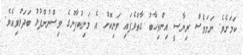
ކަމަށެވެ. ނަމަވެސް ރިޔާސީ އިންތިޚާބު ގާތްވެފައި ވަނިކޮށް އެ މަނިކުފާނުގެ ވިސްނުންފުޅު ބަދަލުވިއެވެ.